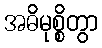
အဓိမုစ္စိတွာ